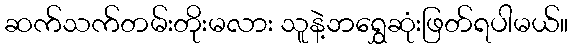
ဆက်သက်တမ်းတိုးမလား သူနဲ့ဘရွှေဆုံးဖြတ်ရပါမယ်။